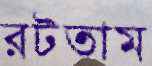
রটতাম